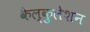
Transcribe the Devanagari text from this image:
कैल्कुलेशन